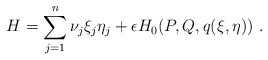
\begin{align*}H=\sum_{j=1}^{n}\nu_j\xi_j\eta_j + {\epsilon}H_0(P,Q,q(\xi,\eta))\ .\end{align*}